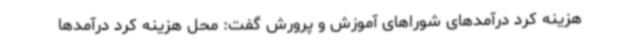
هزینه کرد درآمدهای شوراهای آموزش و پرورش گفت: محل هزینه کرد درآمدها